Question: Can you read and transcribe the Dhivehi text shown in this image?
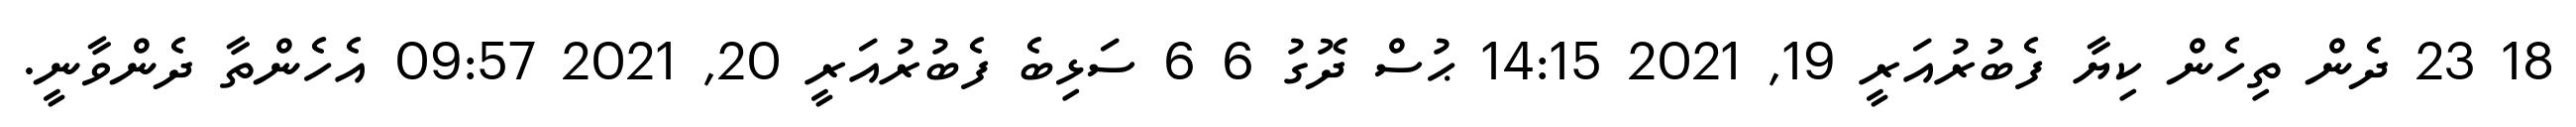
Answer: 18 23 ދެން ތިހެން ކިޔާ ފެބުރުއަރީ 19, 2021 14:15 ޙުސް ދޮގު 6 6 ސަޅިބެ ފެބުރުއަރީ 20, 2021 09:57 އެހެންތާ ދެންވާނީ.